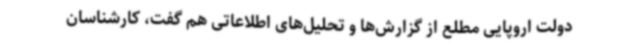
دولت اروپایی مطلع از گزارش‌ها و تحلیل‌های اطلاعاتی هم گفت، کارشناسان